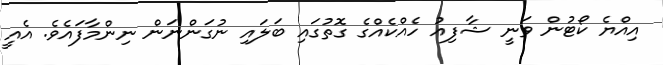
އިއްޔެ ކޯޓުން ވަނީ ޝާފިއު ހެއްކެއްގެ ގޮތުގައި ބަލައި ނުގަންނަން ނިންމާފައެވެ. އެއީ